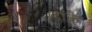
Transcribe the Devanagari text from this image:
ढांके